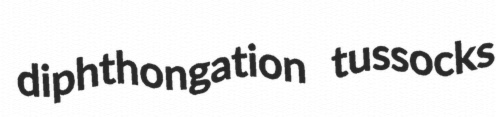
diphthongation tussocks